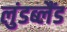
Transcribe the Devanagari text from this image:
लुंडब्लैंड